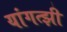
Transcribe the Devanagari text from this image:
यांगत्झी